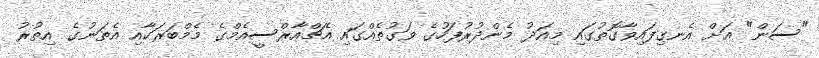
"ސަން" އަށް އެނގިފައިވާގޮތުގައި މިއަދު މެންދުރުފަހުގެ ވަގުތެއްގައި އެޗްއާރްސީއެމްގެ މެމްބަރަކާއި އެތަނުގެ އިތުރު